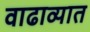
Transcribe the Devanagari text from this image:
वाढाव्यात